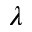
\lambda